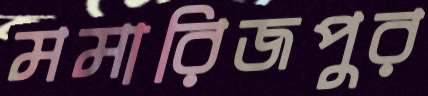
মমারিজপুর